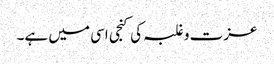
عزت و غلبہ کی کنجی اسی میں ہے۔